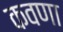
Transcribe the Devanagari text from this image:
कवणा